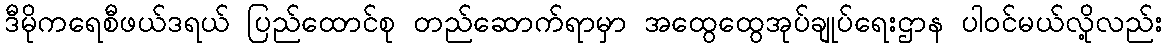
ဒီမိုကရေစီဖယ်ဒရယ် ပြည်ထောင်စု တည်ဆောက်ရာမှာ အထွေထွေအုပ်ချုပ်ရေးဌာန ပါဝင်မယ်လို့လည်း